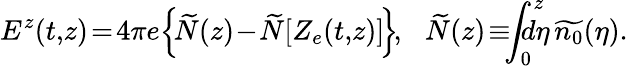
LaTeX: E^{z}(t,\! z)\! =\! 4\pi e\! \left\{ \! \widetilde{N}(z)\! -\! \widetilde{N}[Z_{e}(t,\! z)]\! \right\} \! ,\: \: \: \widetilde{N}(z)\! \equiv\! \! \! \int_{0}^{z}\! \! \! \! \! \! d\eta\, \widetilde{n_{0}}(\eta).